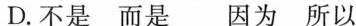
D.不是 而是 因为 所以